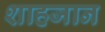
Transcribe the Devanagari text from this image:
शाहजान